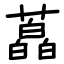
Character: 藠